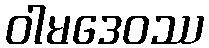
ဝါမဒေဝဿ